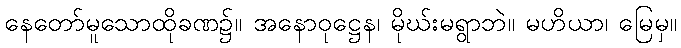
နေတော်မူသောထိုခဏ၌။ အနောဝုဋ္ဌေန၊ မိုဃ်းမရွာဘဲ။ မဟိယာ၊ မြေမှ။